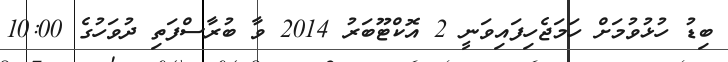
ބިޑު ހުޅުވުމަށް ހަމަޖެހިފައިވަނީ 2 އޮކްޓޫބަރު 2014 ވާ ބުރާސްފަތި ދުވަހުގެ 10:00